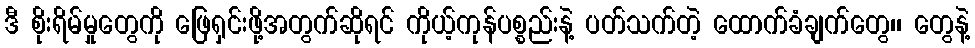
ဒီ စိုးရိမ်မှုတွေကို ဖြေရှင်းဖို့အတွက်ဆိုရင် ကိုယ့်ကုန်ပစ္စည်းနဲ့ ပတ်သက်တဲ့ ထောက်ခံချက်တွေ၊၊ တွေနဲ့